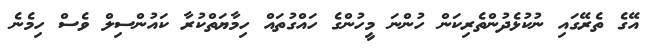
އޭގެ ތެރޭގައި ނުކުޅެދުންތެރިކަން ހުންނަ މީހުންގެ ހައްގުތައް ހިމާޔަތްކުރާ ކައުންސިލް ވެސް ހިމެނެ